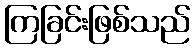
ကြခြင်းဖြစ်သည်